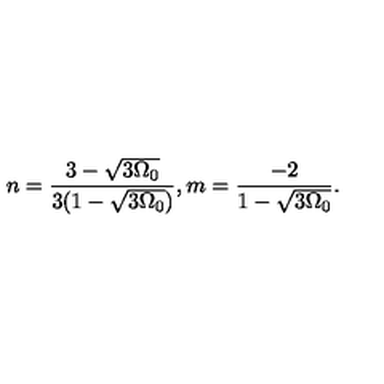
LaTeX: n = \frac { 3 - \sqrt { 3 \Omega _ { 0 } } } { 3 ( 1 - \sqrt { 3 \Omega _ { 0 } } ) } , m = \frac { - 2 } { 1 - \sqrt { 3 \Omega _ { 0 } } } .